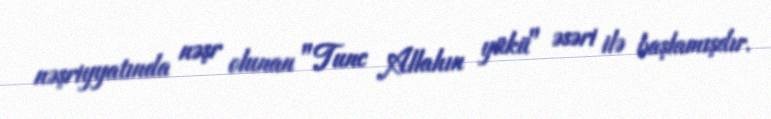
nəşriyyatında nəşr olunan "Tunc Allahın yükü" əsəri ilə başlamışdır.